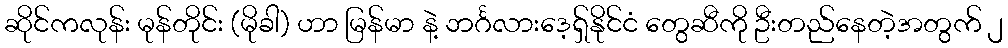
ဆိုင်ကလုန်း မုန်တိုင်း (မိုခါ) ဟာ မြန်မာ နဲ့ ဘင်္ဂလားဒေ့ရှ်နိုင်ငံ တွေဆီကို ဦးတည်နေတဲ့အတွက် ၂